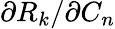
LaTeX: \partial{R_{k}}/\partial{C_{n}}